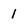
Character: 1